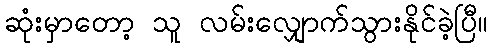
ဆုံးမှာတော့ သူ လမ်းလျှောက်သွားနိုင်ခဲ့ပြီ။